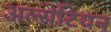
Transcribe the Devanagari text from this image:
अल्सेटियन